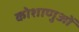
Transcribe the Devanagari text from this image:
कोशाणुओं